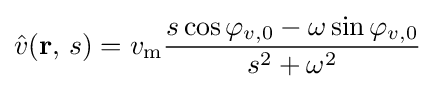
{\hat {v}}(\mathbf {r} ,\,s)=v_{\mathrm {m} }{\frac {s\cos \varphi _{v,0}-\omega \sin \varphi _{v,0}}{s^{2}+\omega ^{2}}}